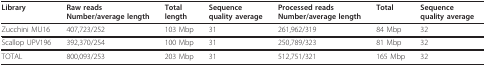
<table><thead><tr><td><b>Library</b></td><td><b>Raw readsNumber/average length</b></td><td><b>Totallength</b></td><td><b>Sequencequality average</b></td><td><b>Processed readsNumber/average length</b></td><td><b>Total</b></td><td><b>Sequencequality average</b></td></tr></thead><tbody><tr><td>Zucchini MU16</td><td>407,723/252</td><td>103 Mbp</td><td>31</td><td>261,962/319</td><td>84 Mbp</td><td>32</td></tr><tr><td>Scallop UPV196</td><td>392,370/254</td><td>100 Mbp</td><td>31</td><td>250,789/323</td><td>81 Mbp</td><td>32</td></tr><tr><td>TOTAL</td><td>800,093/253</td><td>203 Mbp</td><td>31</td><td>512,751/321</td><td>165 Mbp</td><td>32</td></tr></tbody></table>